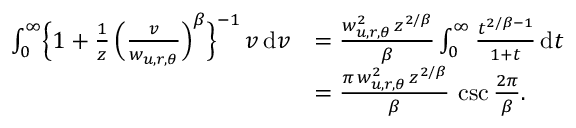
\begin{array} { r l } { \int _ { 0 } ^ { \infty } \Bigl \{ 1 + \frac { 1 } { z } \, \Bigl ( \frac { v } { w _ { u , r , \theta } } \Bigr ) ^ { \beta } \Bigr \} ^ { - 1 } \, v \, \mathrm { d } v } & { = \frac { w _ { u , r , \theta } ^ { 2 } \, z ^ { 2 / \beta } } { \beta } \int _ { 0 } ^ { \infty } \frac { t ^ { 2 / \beta - 1 } } { 1 + t } \, \mathrm { d } t } \\ & { = \frac { \pi \, w _ { u , r , \theta } ^ { 2 } \, z ^ { 2 / \beta } } { \beta } \, \csc \frac { 2 \pi } { \beta } . } \end{array}